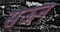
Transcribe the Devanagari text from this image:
सेऊन